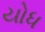
યોધ